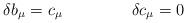
LaTeX: \begin{align*}\delta b_\mu = c_\mu \;\;\;\;\;\;\;\;\;\;\;\;\;\;\; \delta c_\mu = 0\end{align*}